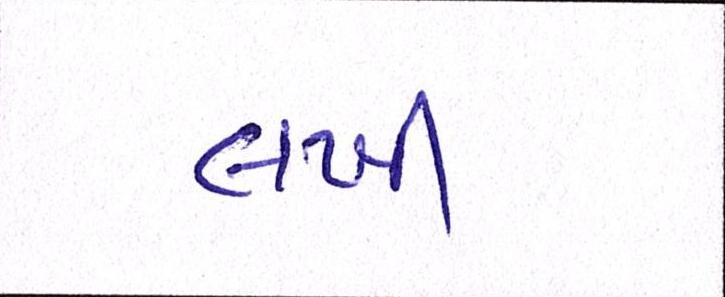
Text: લખી